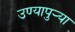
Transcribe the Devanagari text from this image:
उण्यापुर्‍या